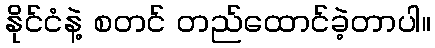
နိုင်ငံနဲ့ စတင် တည်ထောင်ခဲ့တာပါ။